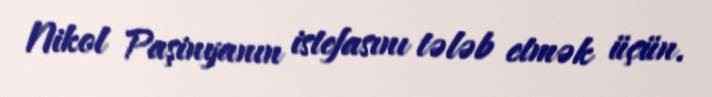
Nikol Paşinyanın istefasını tələb etmək üçün.